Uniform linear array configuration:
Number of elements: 12
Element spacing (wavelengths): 1
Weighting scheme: binomial
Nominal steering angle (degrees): -60
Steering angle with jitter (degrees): -59.004
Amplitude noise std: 0.05
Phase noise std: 0.05

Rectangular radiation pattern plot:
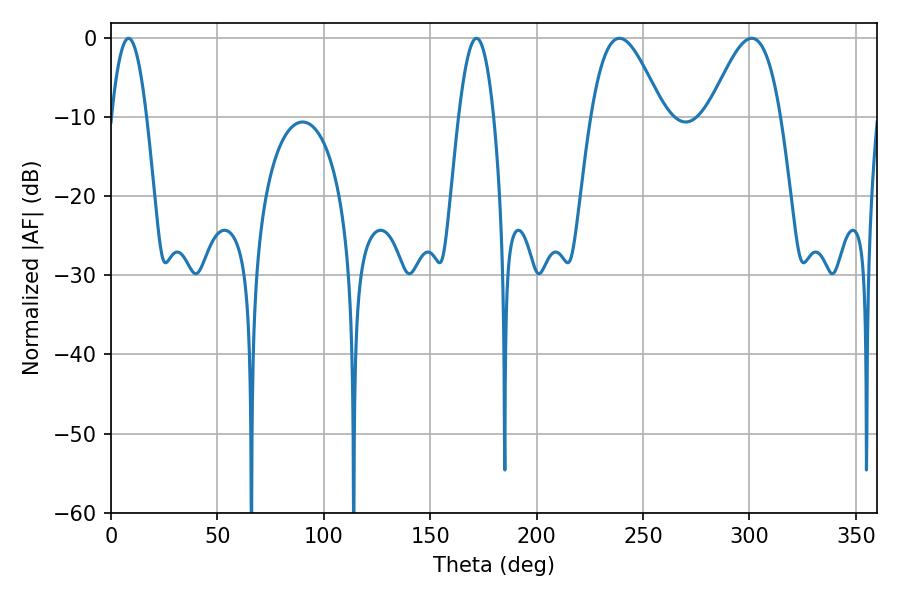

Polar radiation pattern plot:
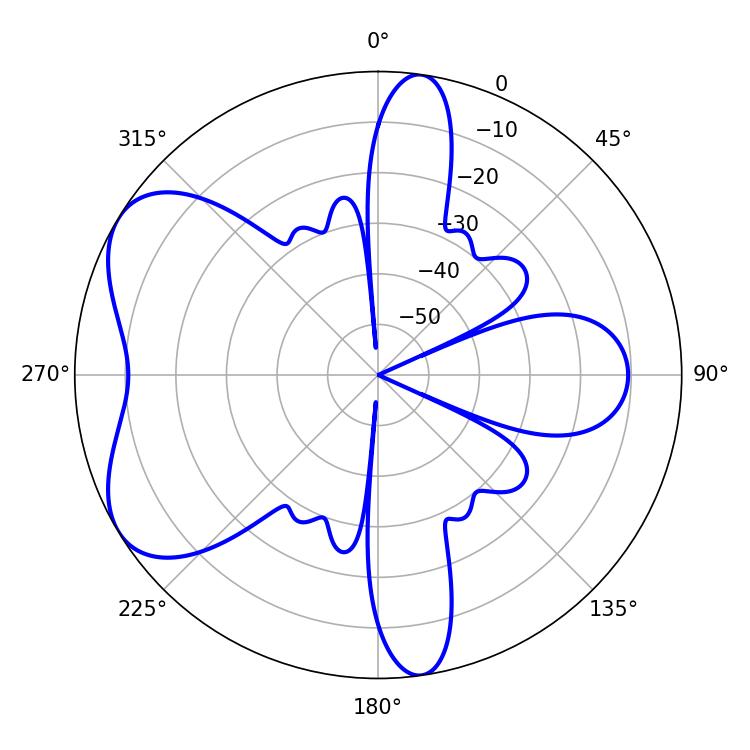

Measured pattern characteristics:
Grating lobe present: TRUE
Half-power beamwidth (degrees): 9
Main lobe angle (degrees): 8.28